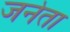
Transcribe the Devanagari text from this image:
जनेता